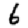
Digit: 6